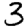
Digit: 3